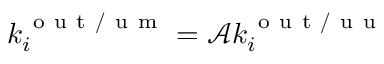
k _ { i } ^ { \mathrm { ~ o ~ u ~ t ~ / ~ u ~ m ~ } } = \mathcal { A } k _ { i } ^ { \mathrm { ~ o ~ u ~ t ~ / ~ u ~ u ~ } }